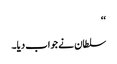
‘‘
سلطان نے جواب دیا۔